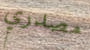
مصدري